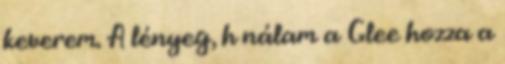
keverem. A lényeg, h nálam a Glee hozza a